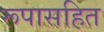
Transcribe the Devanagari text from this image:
रूपासहित